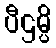
ပီဌမ္ပိ